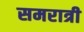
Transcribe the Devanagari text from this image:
समरात्री